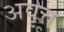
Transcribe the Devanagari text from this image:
अवृत्त